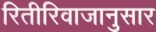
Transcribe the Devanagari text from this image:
रितीरिवाजानुसार